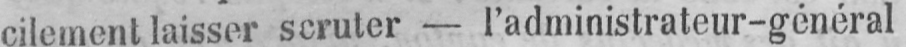
cilement laisser scruter - l’administrateur-général